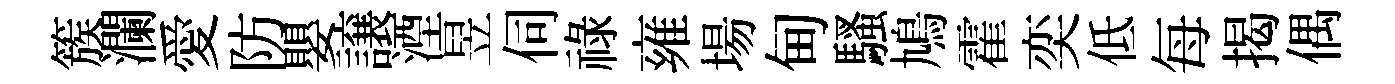
簇瀾愛防嬰譲湮昱伺祿雍場甸騷鳩霍奕低每揭偶